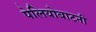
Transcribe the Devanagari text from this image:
पेलियोबाटनी